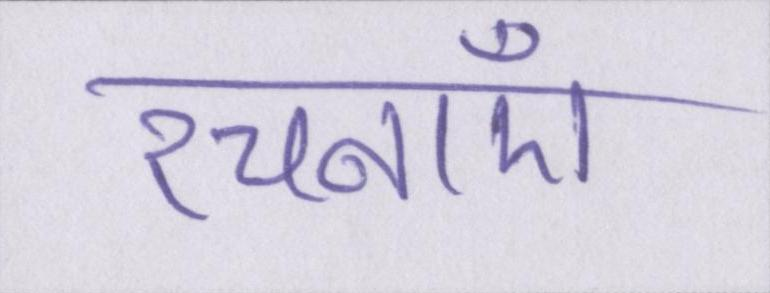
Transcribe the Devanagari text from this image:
रचनाएँ